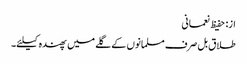
از: حفیظ نعمانی
طلاق بل صرف مسلمانوں کے گلے میں پھندہ کیلئے۔